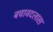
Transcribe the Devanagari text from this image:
बचावदलास